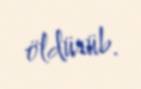
öldürüb.